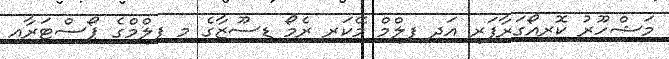
މަޝްހޫރު ކޮރިއޯގަރާފަރ އަދި ފިލްމް މޭކަރ ރެމޯ ޑިސޫޒާގެ މި ފިލްމްގެ ޕޯސްޓަރާއި